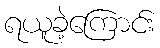
ရယူခဲ့ကြောင်း